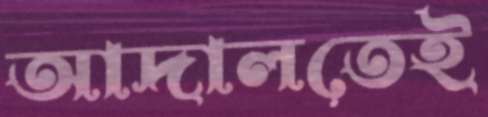
আদালতেই